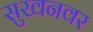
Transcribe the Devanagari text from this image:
सुखनवर